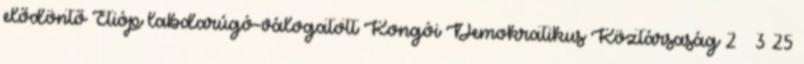
elődöntő Etióp labdarúgó-válogatott–Kongói Demokratikus Köztársaság 2 – 3 25